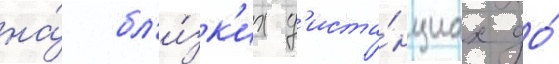
на́ бл'и́зк'их д'иста́нциах до́